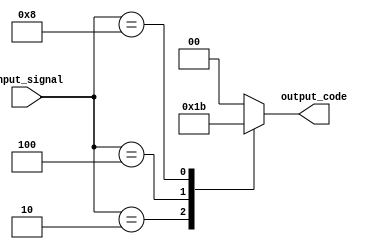
module encoder(
    input [3:0] input_signal,
    output reg [1:0] output_code
);

always @(*)
begin
    case(input_signal)
        4'b0001: output_code = 2'b00;
        4'b0010: output_code = 2'b01;
        4'b0100: output_code = 2'b10;
        4'b1000: output_code = 2'b11;
        default: output_code = 2'b00; // Default case
    endcase
end

endmodule